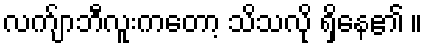
လက်ျာဘီလူးကတော့ သိသလို ရှိနေ၏ ။